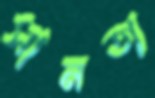
সানতা